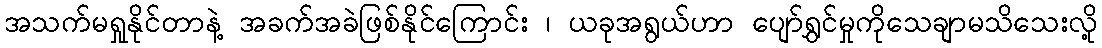
အသက်မရှုနိုင်တာနဲ့ အခက်အခဲဖြစ်နိုင်ကြောင်း ၊ ယခုအရွယ်ဟာ ပျော်ရွှင်မှုကိုသေချာမသိသေးလို့